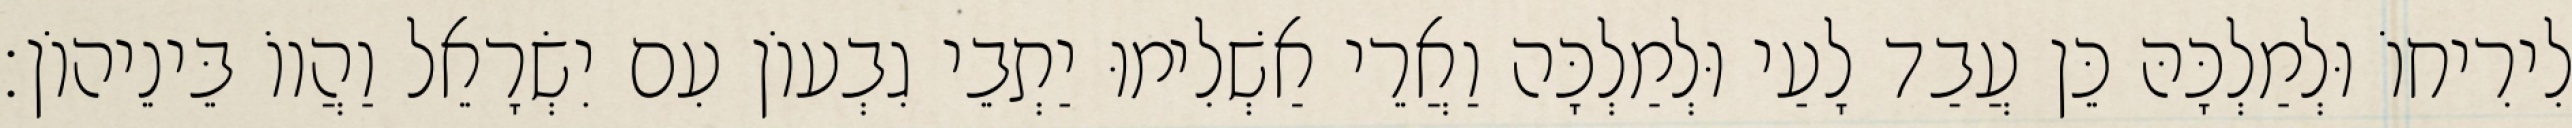
לִירִיחוֹ וּלְמַלְכָּהּ כֵּן עֲבַד לָעַי וּלְמַלְכָּה וַאֲרֵי אַשְׁלִימוּ יַתְבֵי גִבְעוֹן עִם יִשְׂרָאֵל וַהֲווֹ בֵּינֵיהוֹן׃